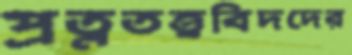
প্রত্নতত্ত্ববিদদের